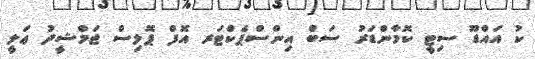
ކު އައްޑޫ ސިޓީ ކޮމާންޑަރު ސަބް އިންސްޕެކްޓަރ އޮފް ޕޮލިސް ޖަމްޝީދު ޢަލީ